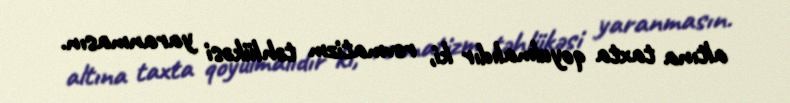
altına taxta qoyulmalıdır ki, revmatizm təhlükəsi yaranmasın.